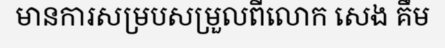
មានការសម្របសម្រួលពីលោក សេង គឹម